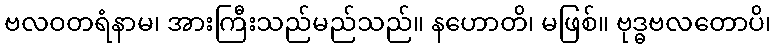
ဗလဝတရံနာမ၊ အားကြီးသည်မည်သည်။ နဟောတိ၊ မဖြစ်။ ဗုဒ္ဓဗလတောပိ၊